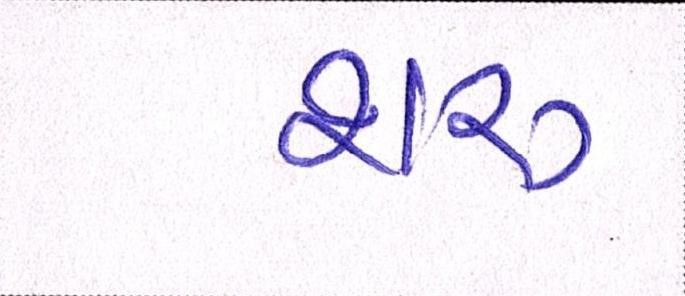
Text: શરૂ